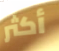
أكثر